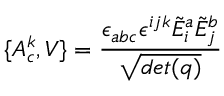
\{ A _ { c } ^ { k } , V \} = { \frac { \epsilon _ { a b c } \epsilon ^ { i j k } { \tilde { E } } _ { i } ^ { a } { \tilde { E } } _ { j } ^ { b } } { \sqrt { d e t ( q ) } } }